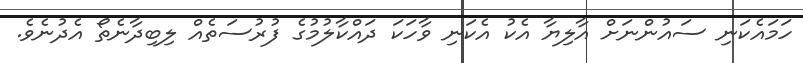
ހަމައެކަނި ސައުންނަށް އާލިޔާ އެކު އެކަނި ވާހަކަ ދައްކާލުމުގެ ފުރުސަތެއް ލިބިދާނެތޯ އެދުނެވެ.